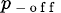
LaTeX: _{p_{\mathrm{~-~o~f~f~}}}